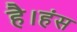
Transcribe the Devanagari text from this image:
है।हंस